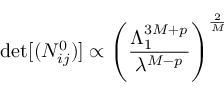
\operatorname * { d e t } [ ( N _ { i j } ^ { 0 } ) ] \propto \left( { \frac { \Lambda _ { 1 } ^ { 3 M + p } } { \lambda ^ { M - p } } } \right) ^ { \frac { 2 } { M } }